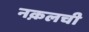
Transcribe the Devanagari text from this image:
नक़लची